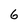
Character: 6